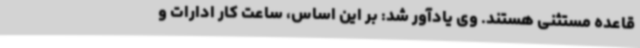
قاعده مستثنی هستند. وی یادآور شد: بر این اساس، ساعت کار ادارات و